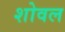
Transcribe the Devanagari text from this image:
शोवल